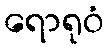
ရောရုဝံ